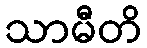
သာမီတိ